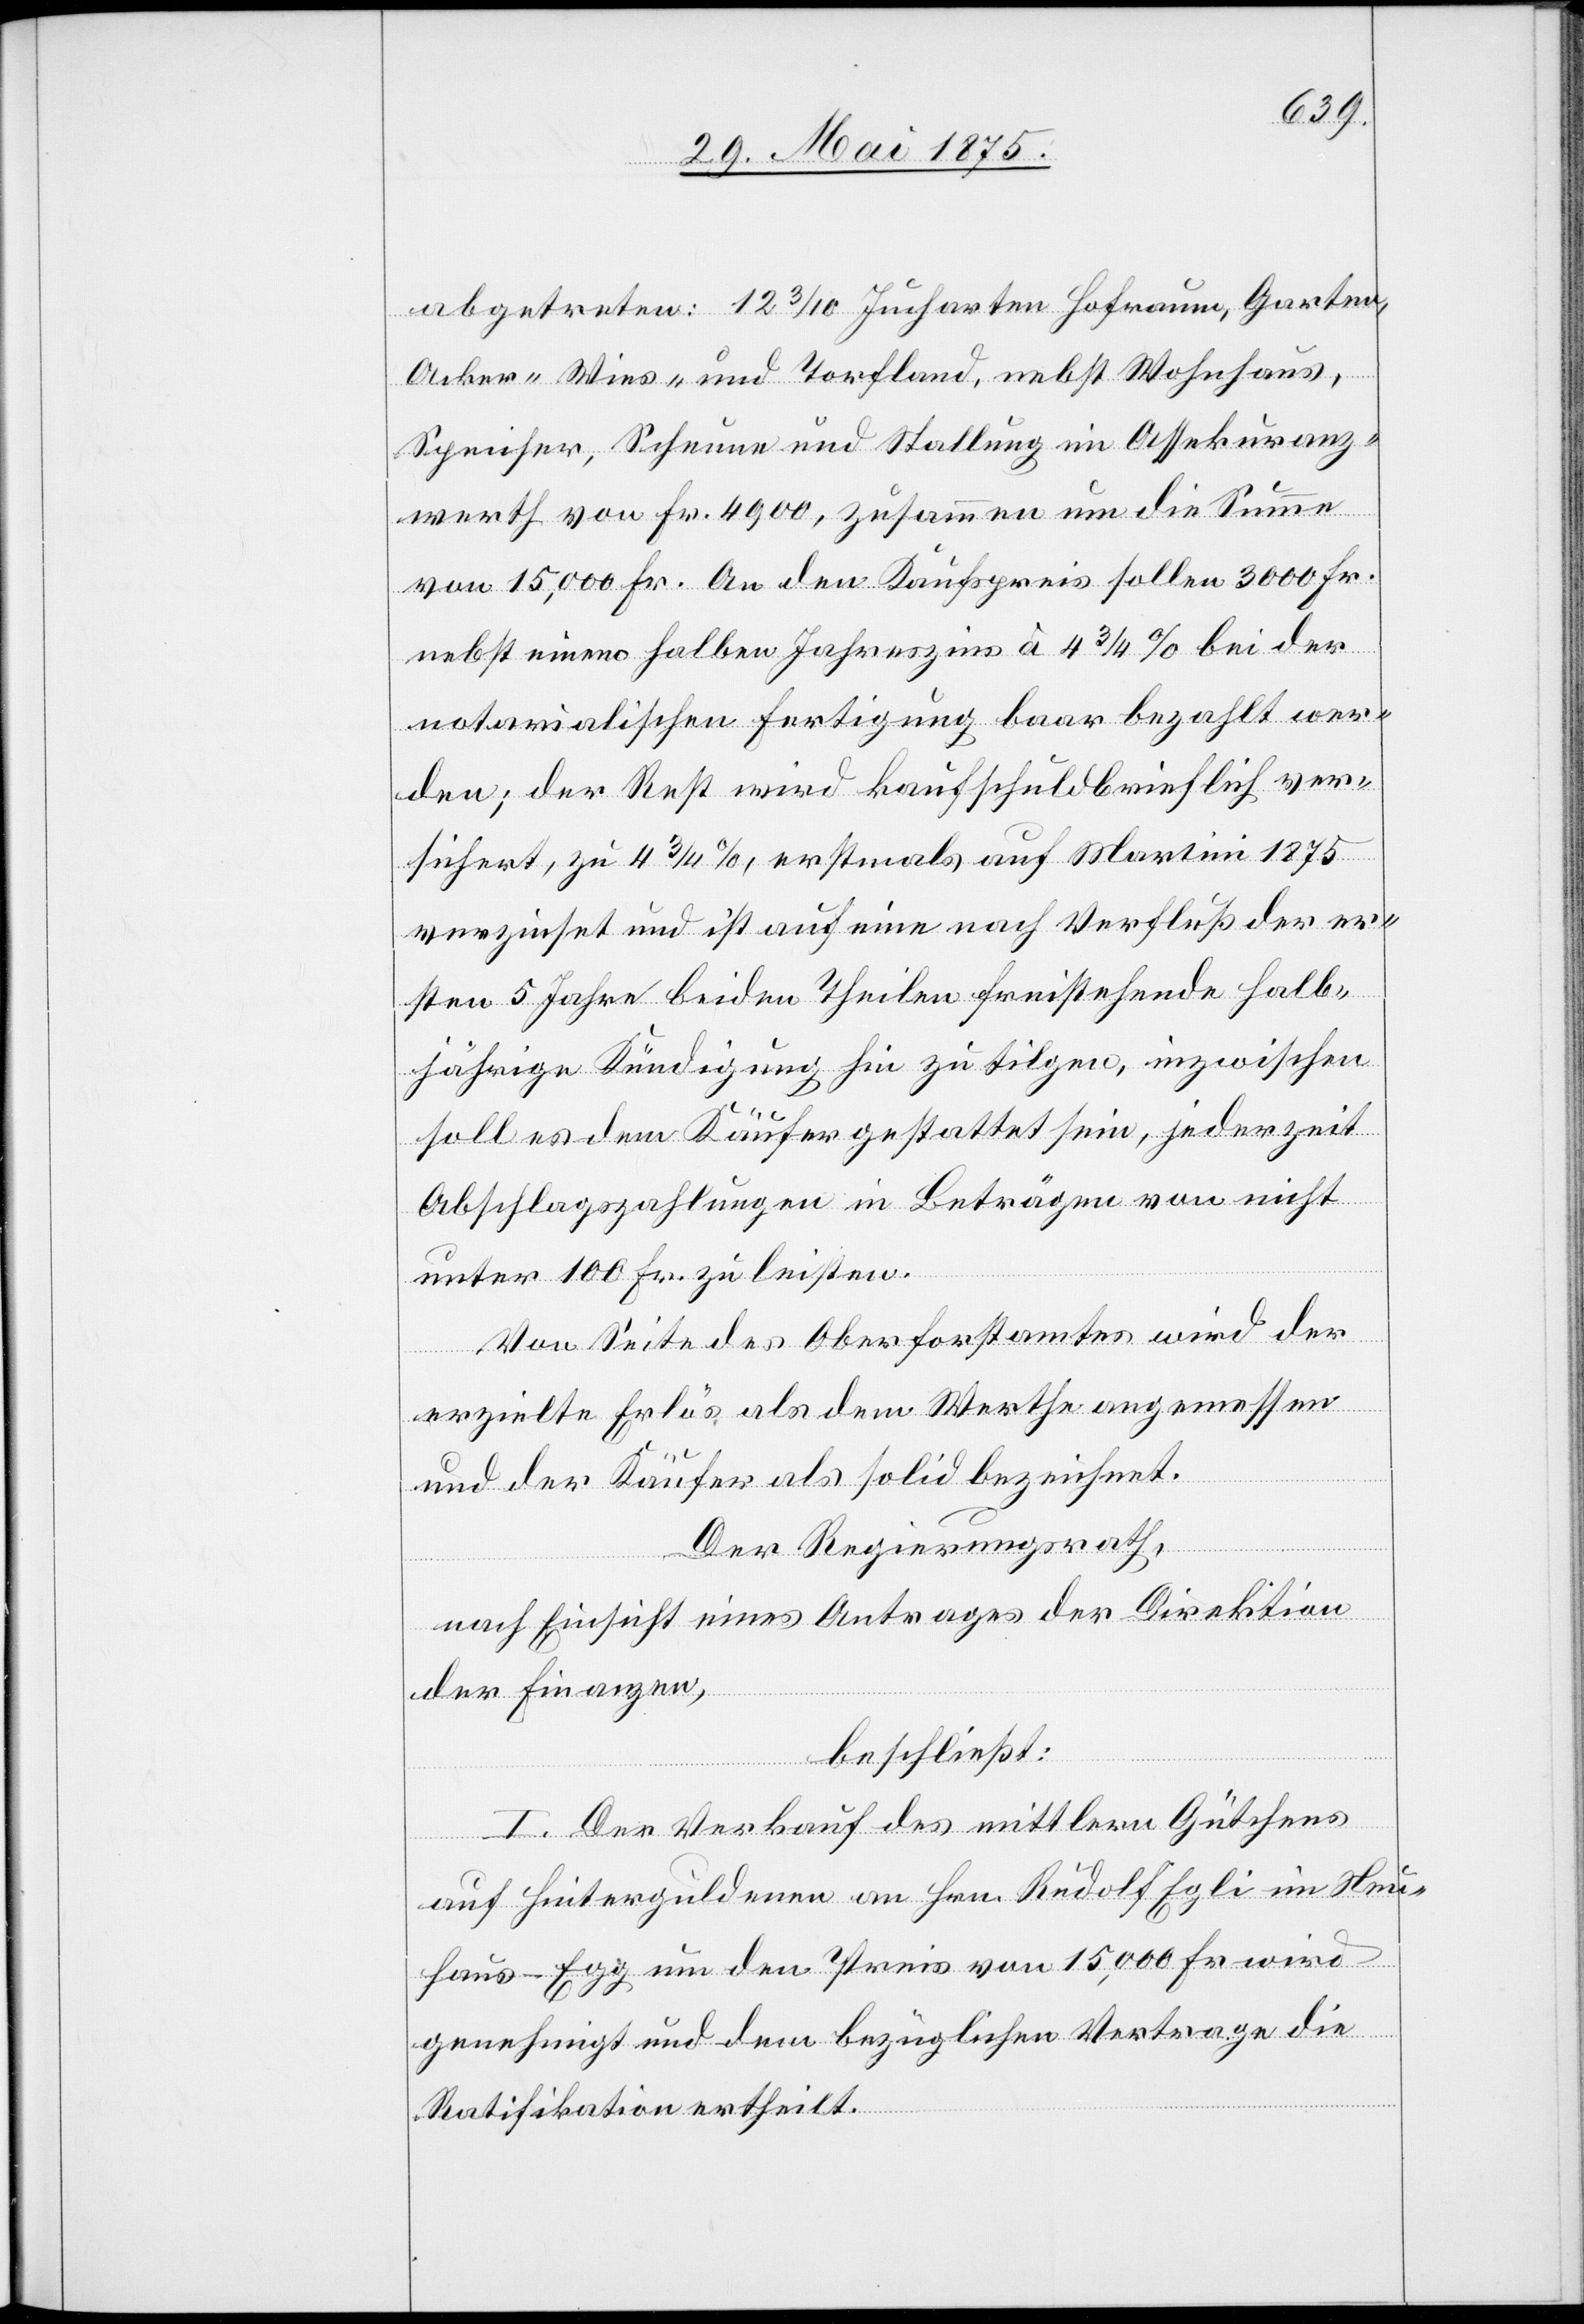
abgetreten: 12 3/10 Jucharten Hofraum, Garten,
Acker- Wies- und Torfland, nebst Wohnhaus,
Speicher, Scheune und Stallung im Assekuranz¬
werth von Fr. 4900, zusammen um die Summe
von 15,000 Fr. An den Kaufspreis sollen 3000 Fr.
nebst eines halben Jahreszins à 4 3/4% bei der
notarialischen Fertigung baar bezahlt wer¬
den; der Rest wird kaufschuldbrieflich ver¬
sichert, zu 4 3/4%, erstmals auf Martini 1875
verzinset und ist auf eine nach Verschluß der er¬
sten 5 Jahre beiden Theilen freistehende halb¬
jährige Kündigung hin zu tilgen, inzwischen
soll es dem Käufer gestattet sein, jederzeit
Abschlagszahlungen in Beträgen von nicht
unter 100 Fr. zu leisten.
Von Seite des Oberforstamtes wird der
erzielte Erlös als dem Werthe angemessen
und der Käufer als solid bezeichnet.
Der Regierungsrath,
nach Einsicht eines Antrages der Direktion
der Finanzen,
beschließt:
I. Der Verkauf des mittlern Gütchens
auf Hinterguldenen an Hrn. Rudolf Egli im Neu¬
haus -Egg um den Preis von 15,000 Fr. wird
genehmigt und dem bezüglichen Vertrage die
Ratifikation ertheilt.